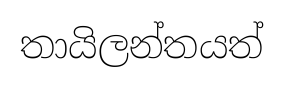
තායිලන්තයත්